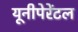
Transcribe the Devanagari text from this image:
यूनीपेरेंटल